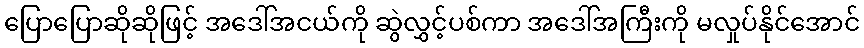
ပြောပြောဆိုဆိုဖြင့် အဒေါ်အငယ်ကို ဆွဲလွှင့်ပစ်ကာ အဒေါ်အကြီးကို မလှုပ်နိုင်အောင်